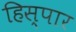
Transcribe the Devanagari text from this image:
हिस्पार